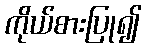
ကိုယ်စားပြု၍